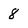
Character: 8